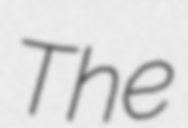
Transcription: The